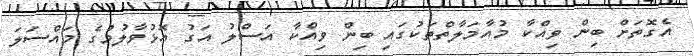
އެގޮތަށް ބިން ވިއްކާ މުއާމަލާތްތަކުގައި ބިން ވިއްކާ އަސްލު އަގު އޮޅުވާލުމުގެ މައްސަލަ